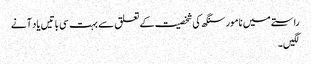
راستے میں نامور سنگھ کی شخصیت کے تعلق سے بہت سی باتیں یاد آنے
لگیں۔